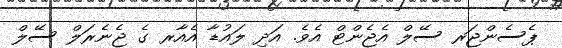
ޕެސެންޖަރ ސޭލް އެޖެންޓް އެވެ. އަދި ލައުޑާ އެއާރ ގެ ޖެނެރަލް ސޭލް